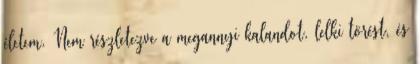
életem. Nem részletezve a megannyi kalandot, lelki törést, és